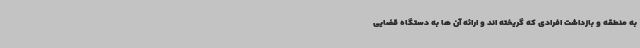
به منطقه و بازداشت افرادی که گریخته اند و ارائه آن ها به دستگاه قضایی